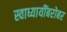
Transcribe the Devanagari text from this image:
स्वाध्यायींबरोबर